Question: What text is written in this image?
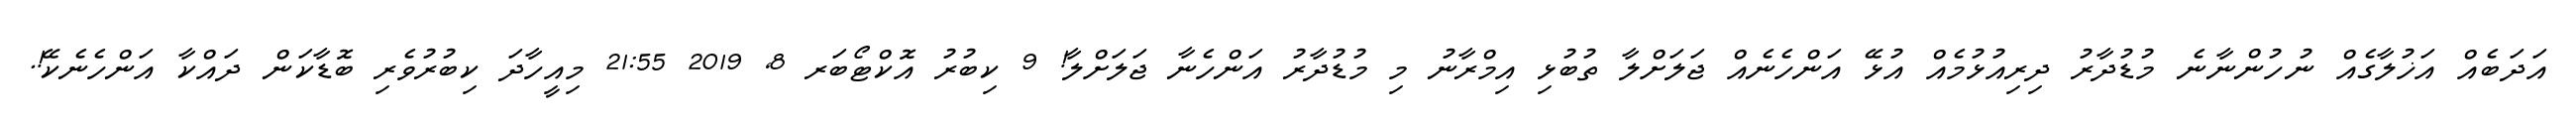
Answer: އަދަބެއް އަޚުލާގެއް ނުހުންނާނެ މުޑުދާރު ދިރިއުޅުމެއް އުޅޭ އަންހެނެއް ޖަލަށްލާ ތުބުޅި އިމްރާނު މި މުޑުދާރު އަންހެނާ ޖަލަށްލާ! 9 ކިބުރު އޮކްޓޯބަރ 8, 2019 21:55 މިއީހާދަ ކިބުރުވެރި ބޮޑާކަން ދައްކާ އަންހެނެކޭ!.